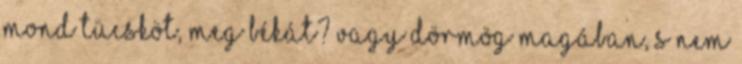
mond tücsköt, meg békát? Vagy dörmög magában, s nem